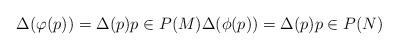
LaTeX: \begin{align*}\Delta(\varphi(p))=\Delta(p)p\in P(M)\Delta(\phi(p))=\Delta(p)p\in P(N)\end{align*}